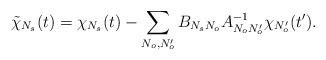
\begin{align*}\tilde\chi_{N_s}(t)=\chi_{N_s}(t)-\sum_{N_o,N_o'}B_{N_sN_o}A_{N_oN_o'}^{-1} \chi_{N_o'}(t').\end{align*}